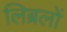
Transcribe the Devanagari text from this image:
लिब्रलों